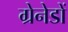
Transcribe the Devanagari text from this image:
ग्रेनेडों